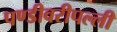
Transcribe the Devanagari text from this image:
पण्डीवरीपल्ली